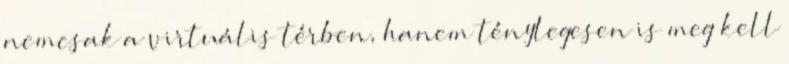
nemcsak a virtuális térben, hanem ténylegesen is meg kell